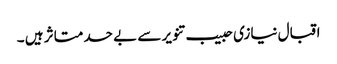
اقبال نیازی حبیب تنویر سے بے حد متاثر ہیں ۔